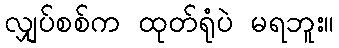
လျှပ်စစ်က ထုတ်ရုံပဲ မရဘူး။